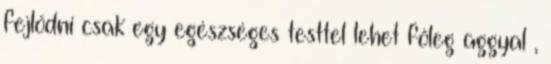
fejlődni csak egy egészséges testtel lehet főleg aggyal ,